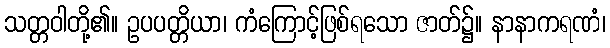
သတ္တဝါတို့၏။ ဥပပတ္တိယာ၊ ကံကြောင့်ဖြစ်ရသော ဇာတ်၌။ နာနာကရဏံ၊